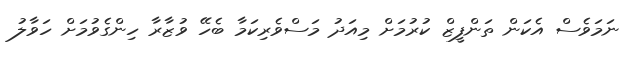
ނަމަވެސް އެކަން ތަންފީޒް ކުރުމަށް މިއަދު މަސްވެރިކަމާ ބެހޭ ވުޒާރާ ހިންގެވުމަށް ހަވާލު